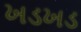
ખડખડ